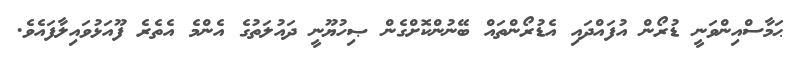
ޙަމާސްއިންވަނީ ޑުރޯން އުފައްދައި އެޑުރޯންތައް ބޭނުންކޮށްގެން ޞިހުޔޫނީ ދައުލަތުގެ އެންމެ އެތެރެ ފޫއަޅުވައިލާފައެވެ.